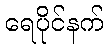
ရေပိုင်နက်